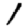
Digit: 1